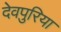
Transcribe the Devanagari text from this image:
देवपुरिया